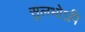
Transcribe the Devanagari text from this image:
सुलभोऽपि